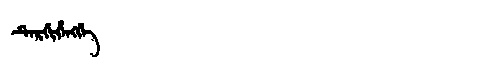
Manchu: ᡨᡝᡵᡤᡳᡥᡝᠩᡤᡝ
Romanization: TERGIHENGGE